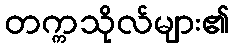
တက္ကသိုလ်များ၏